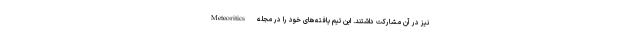
نیز در آن مشارکت داشتند. این تیم یافته‌های خود را در مجله Meteoritics